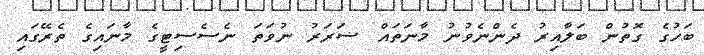
ބަހުގެ ގޮތުން ބަލާއިރު ދެންނެވުނު މާނަތައް ޟަރަރު ނުވަތަ ނެސެސިޓީގެ މާނައިގެ ތެރޭގައި